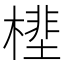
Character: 㯇